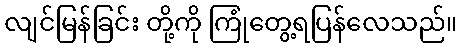
လျင်မြန်ခြင်း တို့ကို ကြုံတွေ့ရပြန်လေသည်။